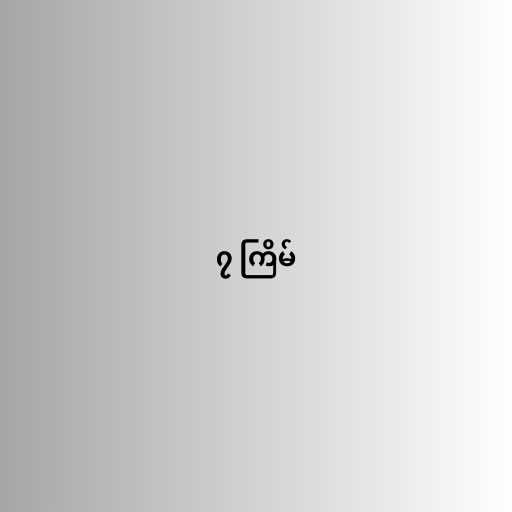
၇ ကြိမ်